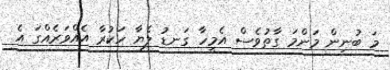
މަ ބުނިން މަންމަ ގާތުވެސް އެމީހާ ގަނޑު ލެޔާ ހަކުރާ އެއްވަރެއްގަ އެ